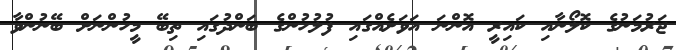
ޖަރުމަނުުގެ ކޮލޯނާއި ކައިރީ އޮންނަ އަވަށެއްގައި ފުލުހުންގެ ބަންދުގައި ތިބޭ މީހުންނަށް ބޭނުންވާ